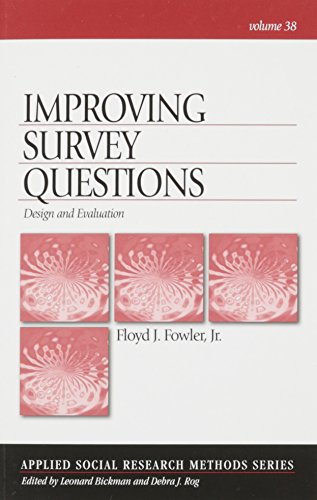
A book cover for Improving Survey Questions: Design and Evaluation (Applied Social Research Methods); Floyd J. Fowler; Science & Math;